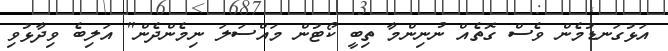
އަޅުގަނޑުމެން ވެސް ގޮތެއް ނުނިންމާ ތިބީ ކޯޓުން މައްސަލަ ނިމެންދެން" އަލިބެ ވިދާޅުވި